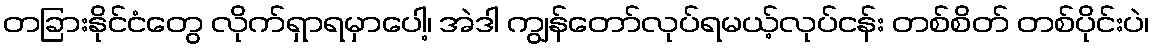
တခြားနိုင်ငံတွေ လိုက်ရှာရမှာပေါ့၊ အဲဒါ ကျွန်တော်လုပ်ရမယ့်လုပ်ငန်း တစ်စိတ် တစ်ပိုင်းပဲ၊